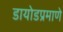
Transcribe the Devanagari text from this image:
डायोडप्रमाणे